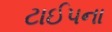
ટાઈપના